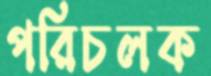
পরিচলক